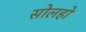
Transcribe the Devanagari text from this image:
सोलहो